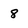
Character: 8